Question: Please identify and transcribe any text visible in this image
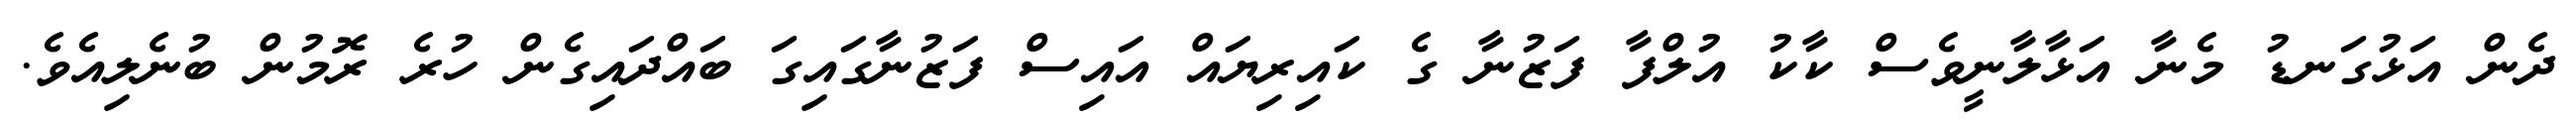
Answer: ދެން އަޅުގަނޑު މެނާ އަޅާލާނީވެސް ކާކު އުލްފާ ފަޒުނާ ގެ ކައިރިޔައް އައިސް ފަޒުނާގައިގަ ބައްދައިގެން ހުރެ ރޮމުން ބުނެލިއެވެ.